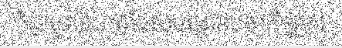
ក៏ជាមូលហេតុដែលបណ្តាលឲ្យកីឡាករ